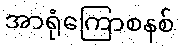
အာရုံကြောစနစ်